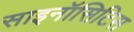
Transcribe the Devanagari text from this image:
साइनॉसिटिस